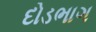
દોડભાગ